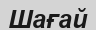
Шағай